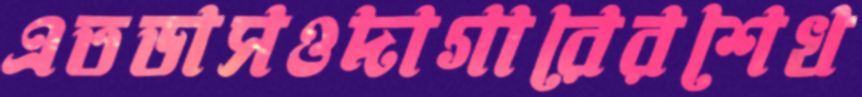
এতডাসওদাগারেরশেখ